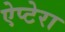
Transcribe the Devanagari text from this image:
ऐप्टेरा